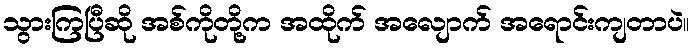
သွားကြပြီဆို အစ်ကိုတို့က အထိုက် အလျောက် အရောင်းကျတာပဲ။